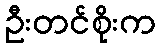
ဦးတင်စိုးက